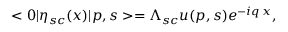
< 0 | \eta _ { s c } ( x ) | p , s > = \Lambda _ { s c } u ( p , s ) e ^ { - i q \, x } ,